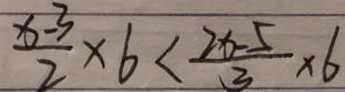
\frac { x - 3 } { 2 } \times 6 < \frac { 2 x - 5 } { 3 } \times 6